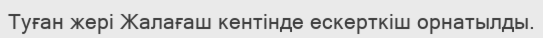
Туған жері Жалағаш кентінде ескерткіш орнатылды.